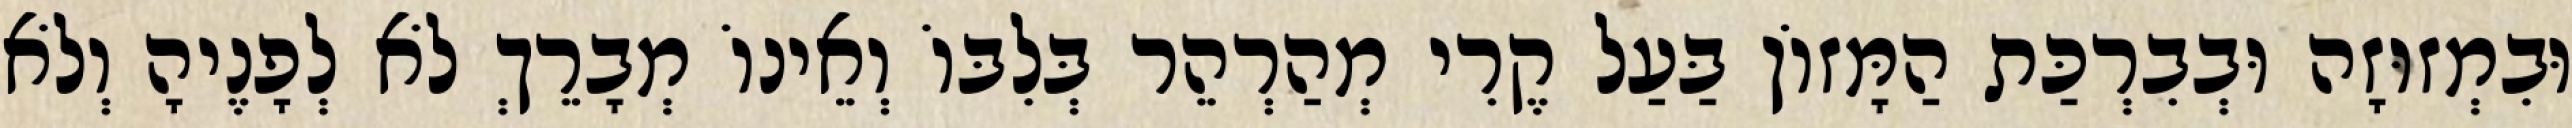
וּבִמְזוּזָה וּבְבִרְכַּת הַמָּזוֹן בַּעַל קֶרִי מְהַרְהֵר בְּלִבּוֹ וְאֵינוֹ מְבָרֵךְ לֹא לְפָנֶיהָ וְלֹא